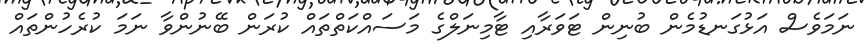
ނަމަވެސް އަޅުގަނޑުމެން ބުނިން ޓަވަރާއި ޓާމިނަލްގެ މަސައްކަތްތައް ކުރަން ބޭނުންވާ ނަމަ ކުރެހުންތައް